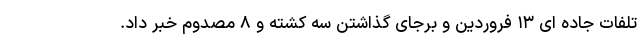
تلفات جاده ای ۱۳ فروردین و برجای گذاشتن سه کشته و ۸ مصدوم خبر داد.